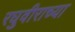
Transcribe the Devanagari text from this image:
रघुवीराच्या